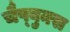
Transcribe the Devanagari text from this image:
चैप्बुक्स